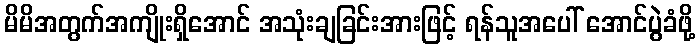
မိမိအတွက်အကျိုးရှိအောင် အသုံးချခြင်းအားဖြင့် ရန်သူအပေါ် အောင်ပွဲခံဖို့